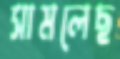
সামলেছ